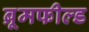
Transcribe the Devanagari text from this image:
ब्रूमफील्ड